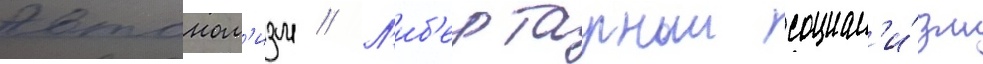
Автоном'изм // Л'иб'ертарныи социал'и́зм